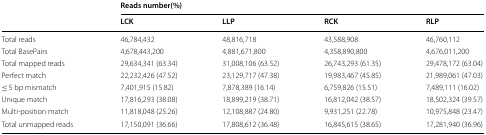
| <ROWSPAN=2>  | <COLSPAN=4> Reads number(%) |
 | LCK | LLP | RCK | RLP |
 | --- | --- | --- | --- | --- |
 | Total reads | 46,784,432 | 48,816,718 | 43,588,908 | 46,760,112 |
 | Total BasePairs | 4,678,443,200 | 4,881,671,800 | 4,358,890,800 | 4,676,011,200 |
 | Total mapped reads | 29,634,341 (63.34) | 31,008,106 (63.52) | 26,743,293 (61.35) | 29,478,172 (63.04) |
 | Perfect match | 22,232,426 (47.52) | 23,129,717 (47.38) | 19,983,467 (45.85) | 21,989,061 (47.03) |
 | ≤ 5 bp mismatch | 7,401,915 (15.82) | 7,878,389 (16.14) | 6,759,826 (15.51) | 7,489,111 (16.02) |
 | Unique match | 17,816,293 (38.08) | 18,899,219 (38.71) | 16,812,042 (38.57) | 18,502,324 (39.57) |
 | Multi-position match | 11,818,048 (25.26) | 12,108,887 (24.80) | 9,931,251 (22.78) | 10,975,848 (23.47) |
 | Total unmapped reads | 17,150,091 (36.66) | 17,808,612 (36.48) | 16,845,615 (38.65) | 17,281,940 (36.96) |